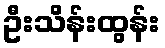
ဦးသိန်းထွန်း